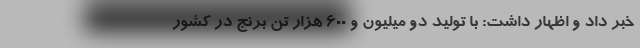
خبر داد و اظهار داشت: با تولید دو میلیون و 600 هزار تن برنج در کشور